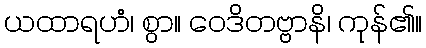
ယထာရဟံ၊ စွာ။ ဝေဒိတဗ္ဗာနိ၊ ကုန်၏။